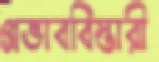
প্রভাববিস্তারী